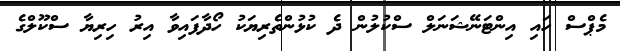
މެޕްސް ހައި އިންޓަނޭޝަނަލް ސްކުލުން ދެ ކުޅުންތެރިޔަކު ހޯދާފައިވާ އިރު ހިރިޔާ ސްކޫލްގެ